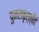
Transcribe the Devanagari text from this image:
पुनरावृर्त्ति